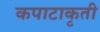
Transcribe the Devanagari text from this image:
कपाटाकृती